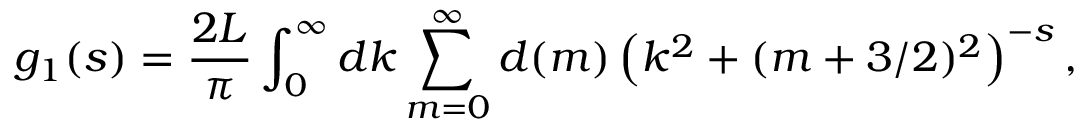
g _ { 1 } ( s ) = \frac { 2 L } { \pi } \int _ { 0 } ^ { \infty } d k \sum _ { m = 0 } ^ { \infty } d ( m ) \left( k ^ { 2 } + ( m + 3 / 2 ) ^ { 2 } \right) ^ { - s } ,